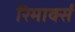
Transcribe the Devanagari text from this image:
रिमार्क्स